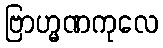
ဗြာဟ္မဏကုလေ